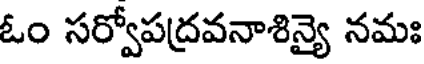
ఓం సర్వోపద్రవనాశిన్యై నమః